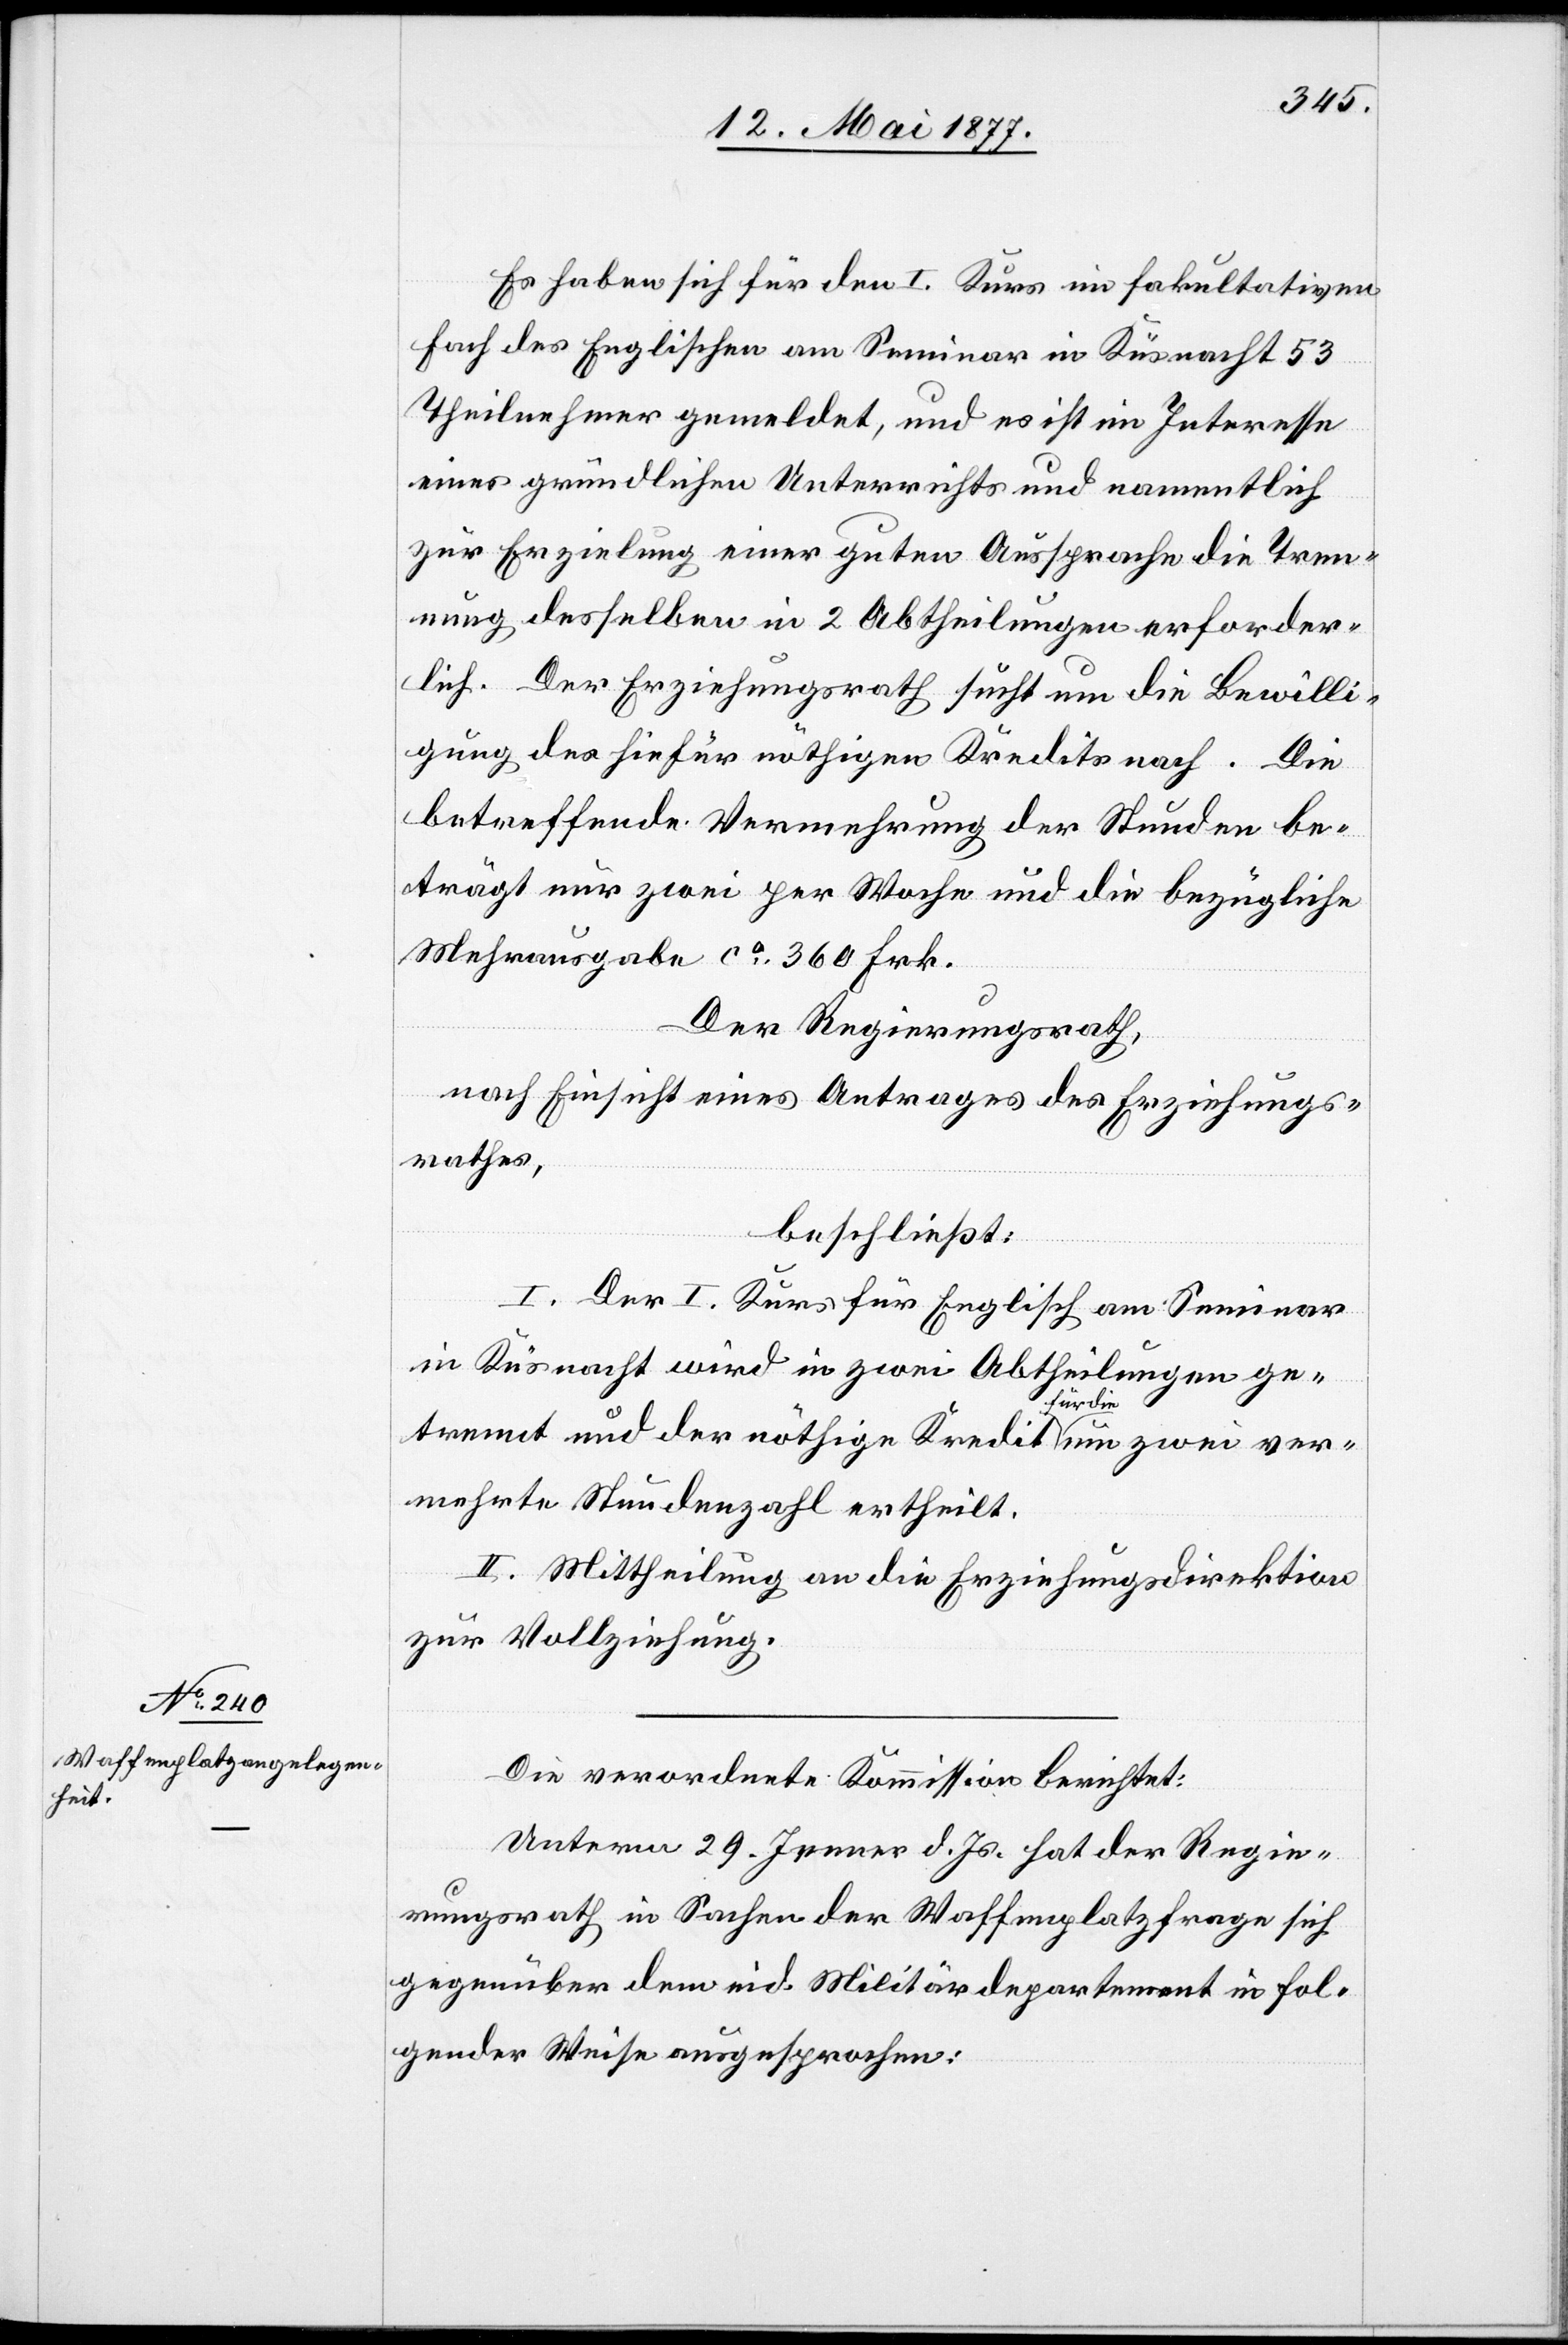
Es haben sich für den I. Kurs im fakultativen
Fach des Englischen am Seminar in Küsnacht 53
Theilnehmer gemeldet, und es ist im Interesse
eines gründlichen Unterrichts und namentlich
zur Erzielung einer guten Aussprache die Tren¬
nung derselben in 2 Abtheilungen erforder¬
lich. Der Erziehungsrath sucht um die Bewilli¬
gung des hiefür nöthigen Kredits nach. Die
betreffende Vermehrung der Stunden be¬
trägt nur zwei per Woche und die bezügliche
Mehrausgabe ca 360 Frk.
Der Regierungsrath,
nach Einsicht eines Antrages des Erziehungs¬
rathes,
beschließt:
I. Der I. Kurs für Englisch am Seminar
in Küsnacht wird in zwei Abtheilungen ge¬
trennt und der nöthige Kredit für die um zwei ver¬
mehrte Stundenzahl ertheilt.
II. Mittheilung an die Erziehungsdirektion
zur Vollziehung.
Die verordnete Kommission berichtet:
Unterm 29. Jenner d. Js. hat der Regie¬
rungsrath in Sachen der Waffenplatzfrage sich
gegenüber dem eid. Militärdepartement in fol¬
gender Weise ausgesprochen: